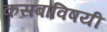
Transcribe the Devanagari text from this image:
कसबाविषयी